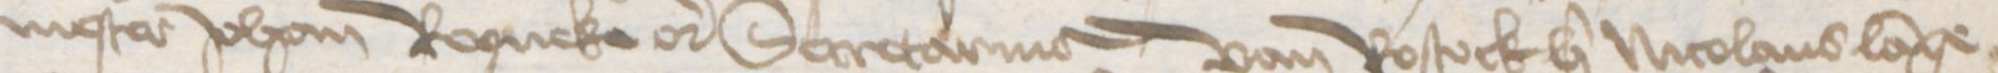
nester Johan Ropneke etcetera Secretarius van Rostock her Nicolaus Lange